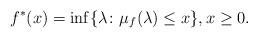
LaTeX: \begin{align*}f^*(x)=\inf\{\lambda \colon \mu_f(\lambda)\le x\},x\ge 0.\end{align*}